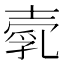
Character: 𡔵